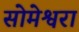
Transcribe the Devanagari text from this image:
सोमेश्वरा